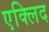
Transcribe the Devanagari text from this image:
एक्लिद